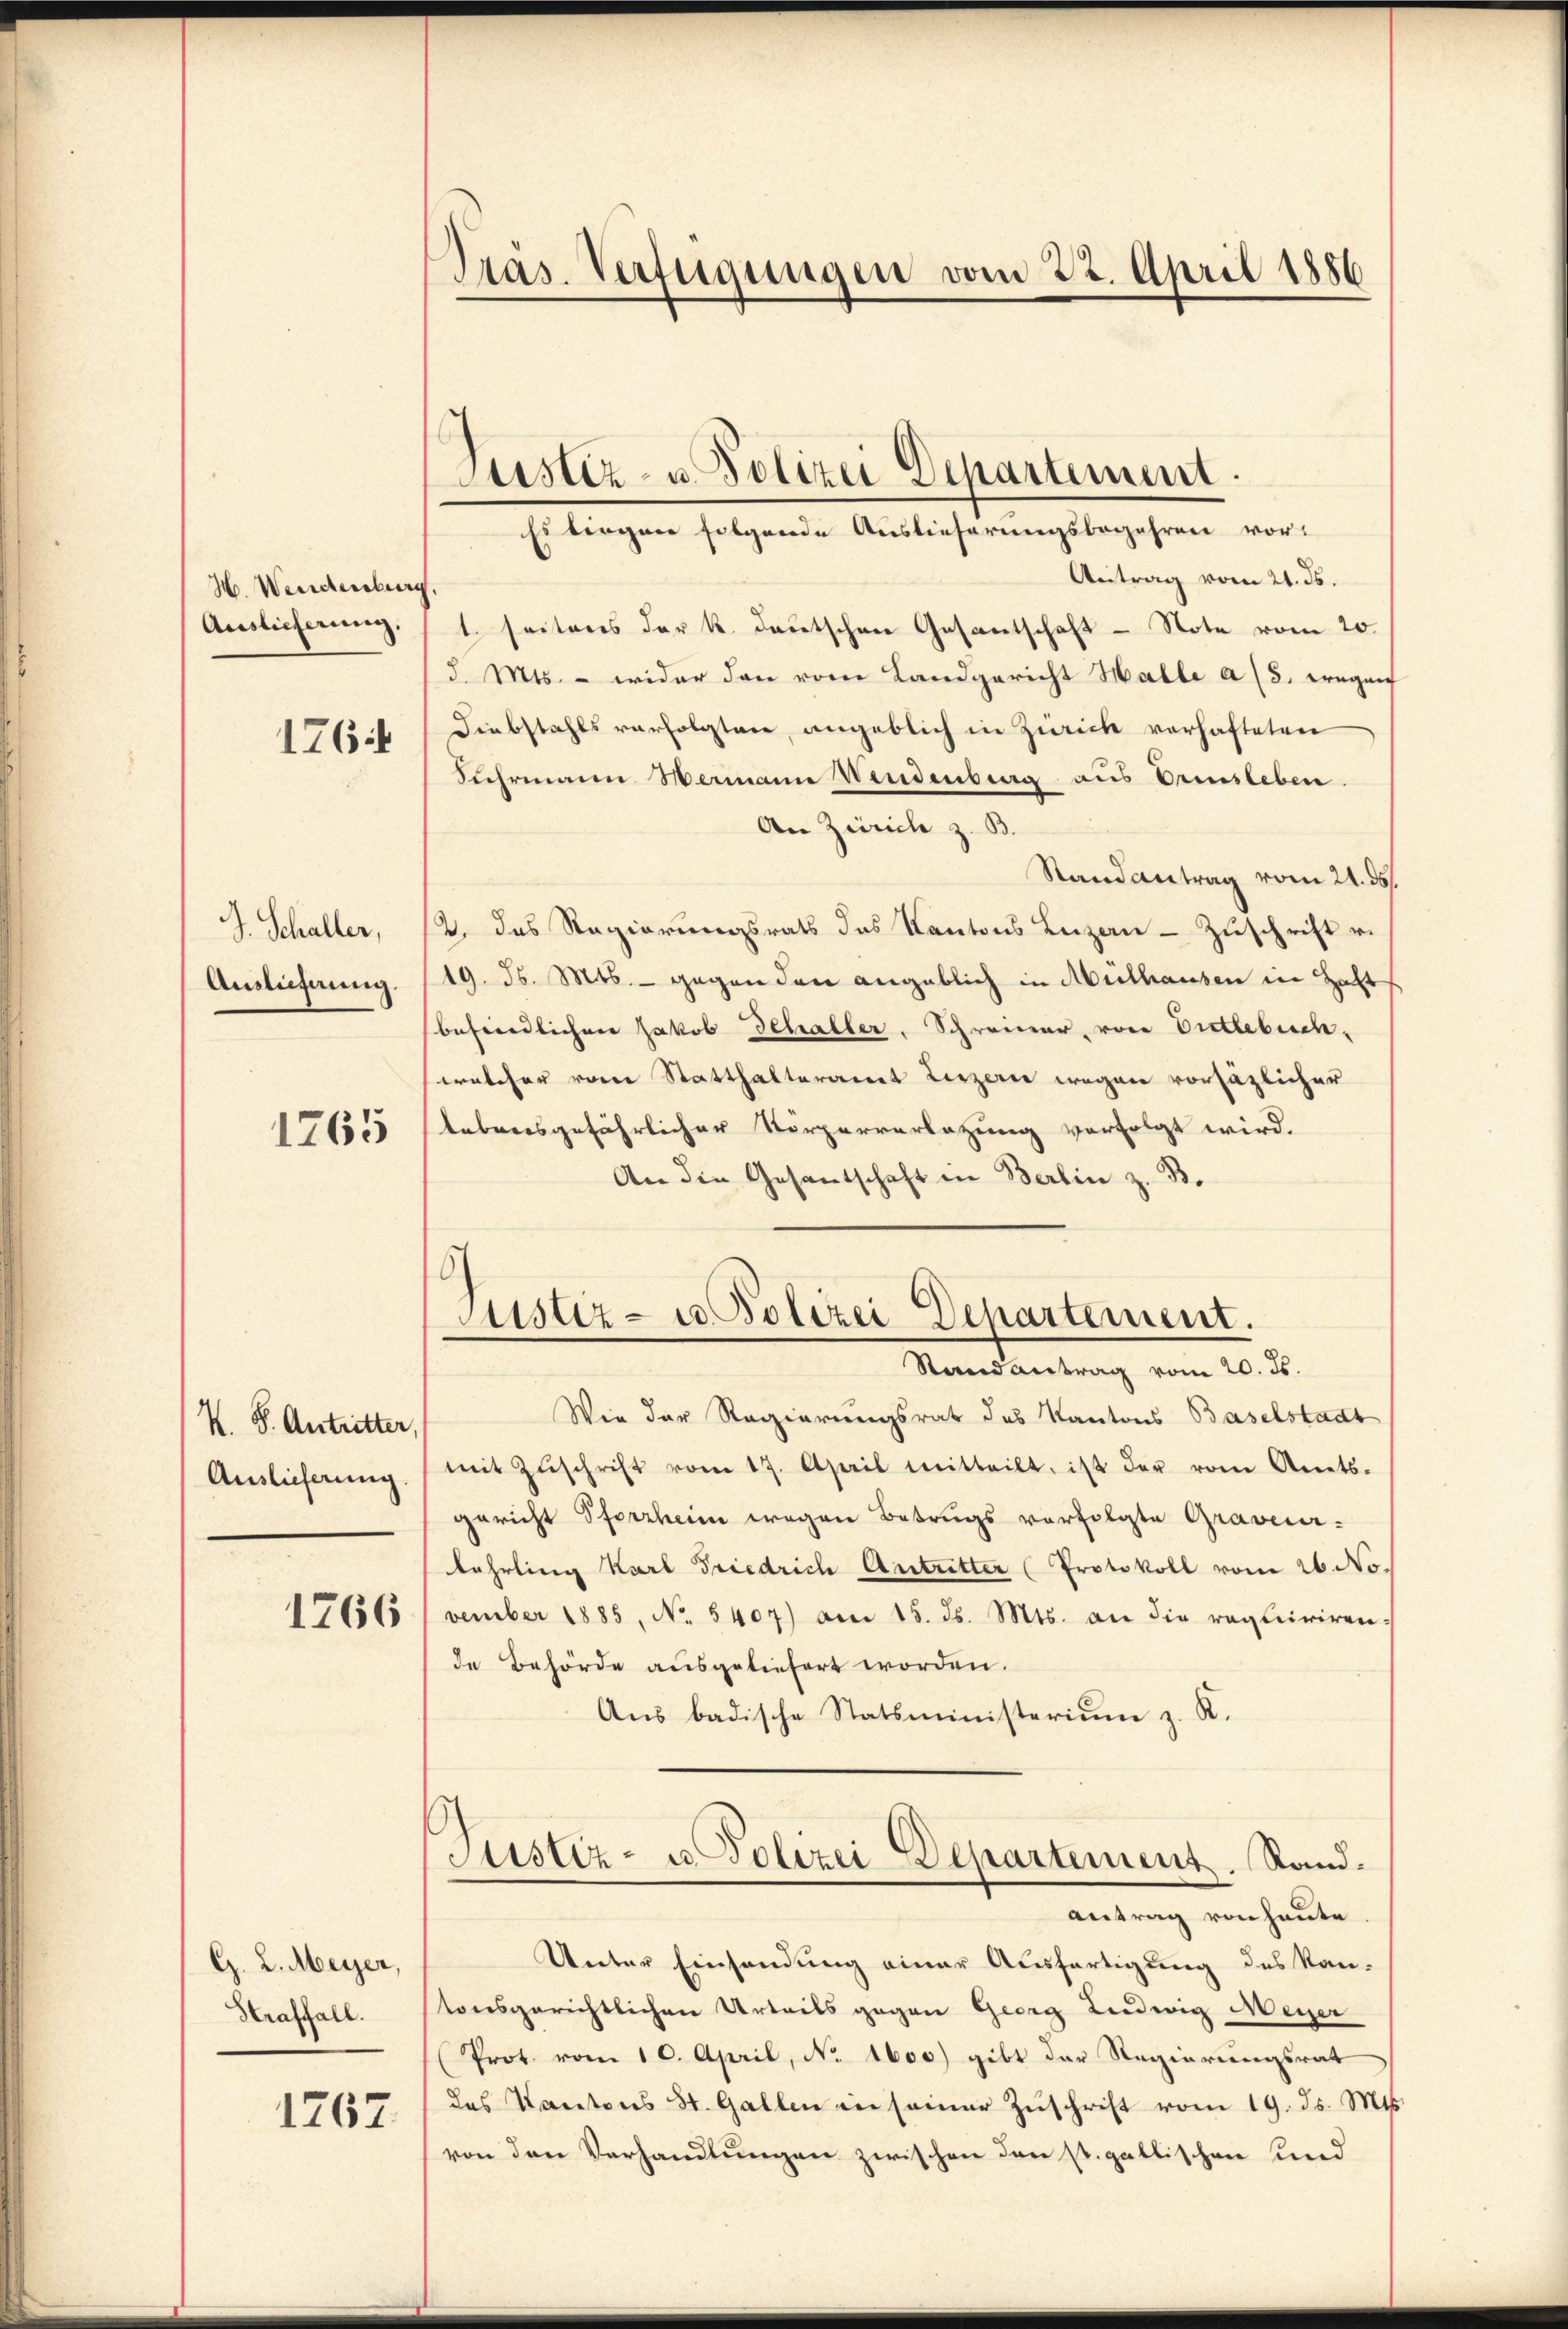
H. Wendenburg,
Auslieferung,
176

J. Schaller,
Auslieferung.

1265

K. J. Antritter,
Auslieferung

1766

G. L. Meyer,
Straffall.

1767

Präs. Verfügungen vom 22. April 1886

Justiz- u. Polizei Departement.
Es liegen folgende Auslieferungsbegehren vor-

Antrag vom 21. ds.
t. seitens der k. deutschen Gesantschaft - Note vom 20.
d. Mts. - wider den vom Landgericht Halle a 8. wegen
Diebstahls verfolgten, angeblich in Zürich vorhafteten
Suhrmann Hermann Wendenberg aus Urmsleben.
An Zürich z. B.
Randantrag vom 21. ds.
2. das Regierungsrats das Kantons Luzern Zuschrift v.
19. d. Mts. gegen den angeblich in Mülhausen in Haft
befriedlichen Jakob Schaller, Schreiner, von Dietlebuch.
welcher vom Statthalteramt Luzern wegen vorsäzlicher
lebensgefährlicher Körperverlegung verfolgt wird.
An die Gesantschaft in Berlin z. B.

Justiz- u Polizei Departement.
Randantrag vom 20. ds.

Wie der Regierungsrat des Kantons Baselstadt
mit Zŭschrift vom 17. April mitteilt, ist der vom Amts-
gericht Pforzheim wegen Betrugs verfolgte Graveur-
Lehrling Karl Friedrich Antritter (Protokoll vom 26. No.
vember 1885, No. 5407) am 15. ds. Mts. an die requiriren:
de Behörde ausgeliefert worden.
Aus badische Statsministerium z. R.
Justiz- u. Polizei Departement. Randantrag von heute.
Unter Einsendung einer Ausfertigung des Kan-
tonsgerichtlichen Urteils gegen Georg Ludwig Meyer
(Prot. vom 10. April, No. 1600) gibt der Regierungsrat
des Kantons St. Gallen in seiner Zŭschrift vom 19. ds. Mts.
von den Verhandlungen zwischen den st. gallischen und